Bréfritari: Þórarinn Stefánsson
Dagsetning: A-1927-01-14
Skrifað á: Vesturheimi

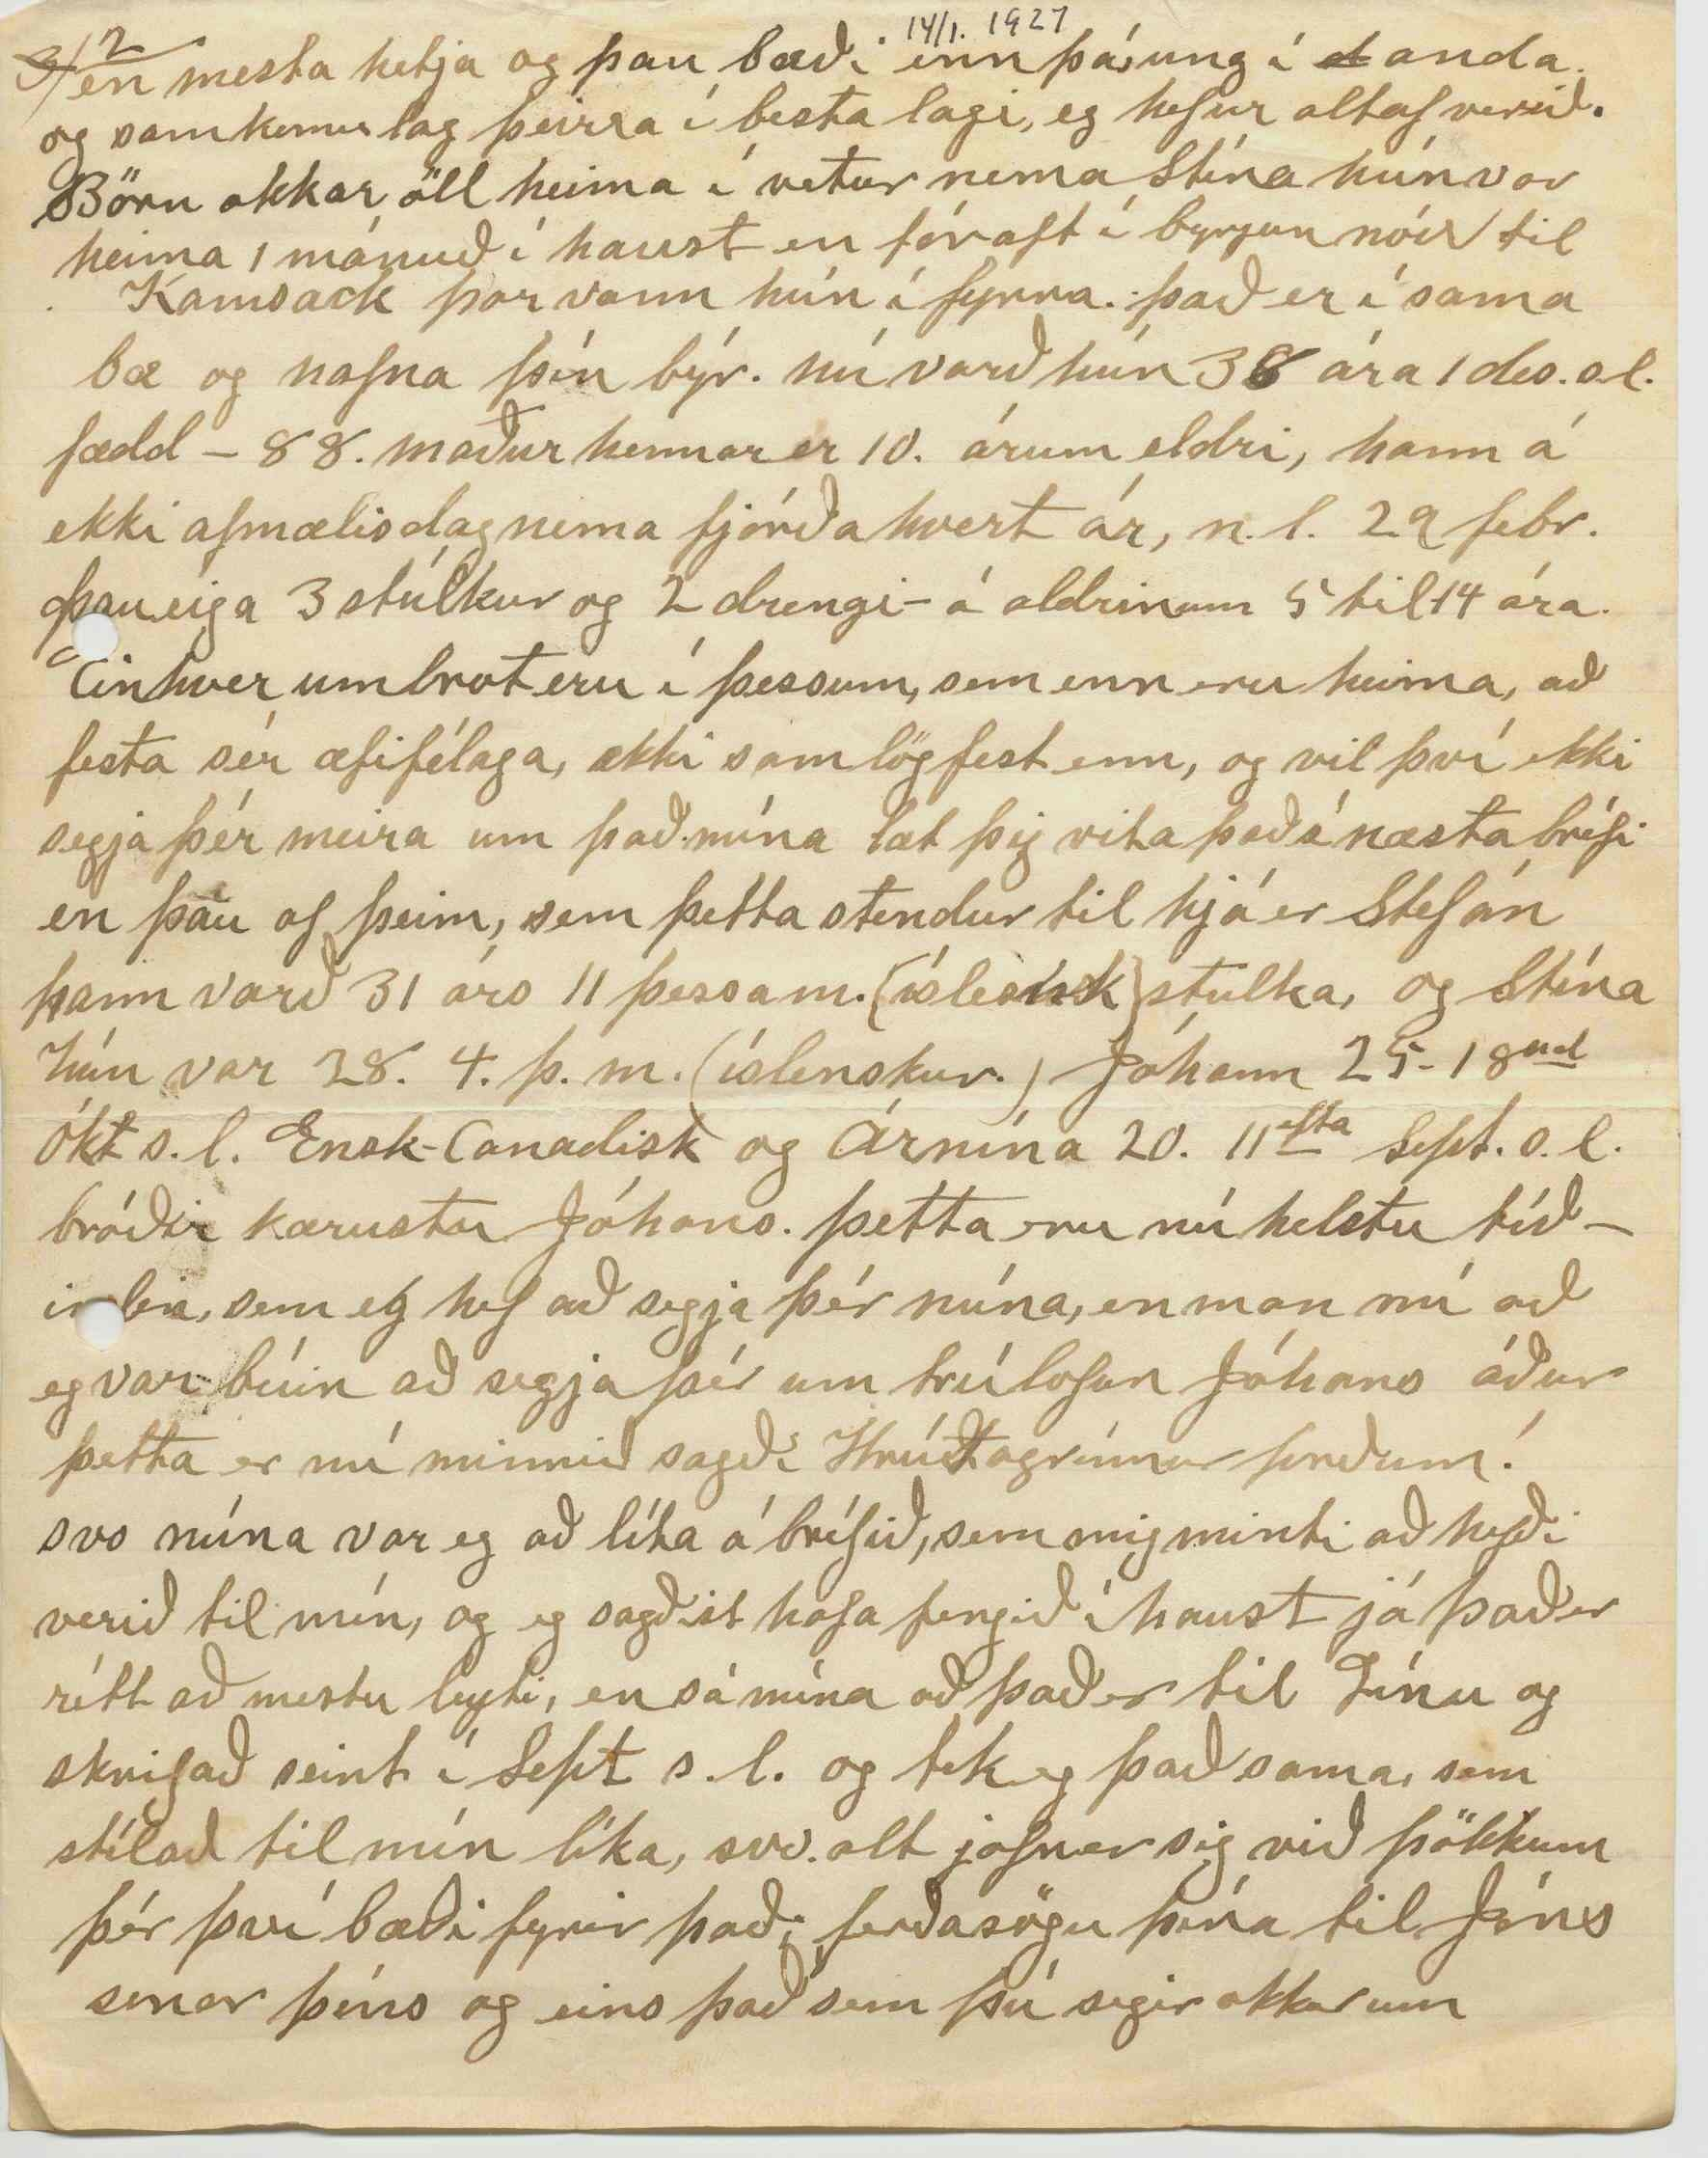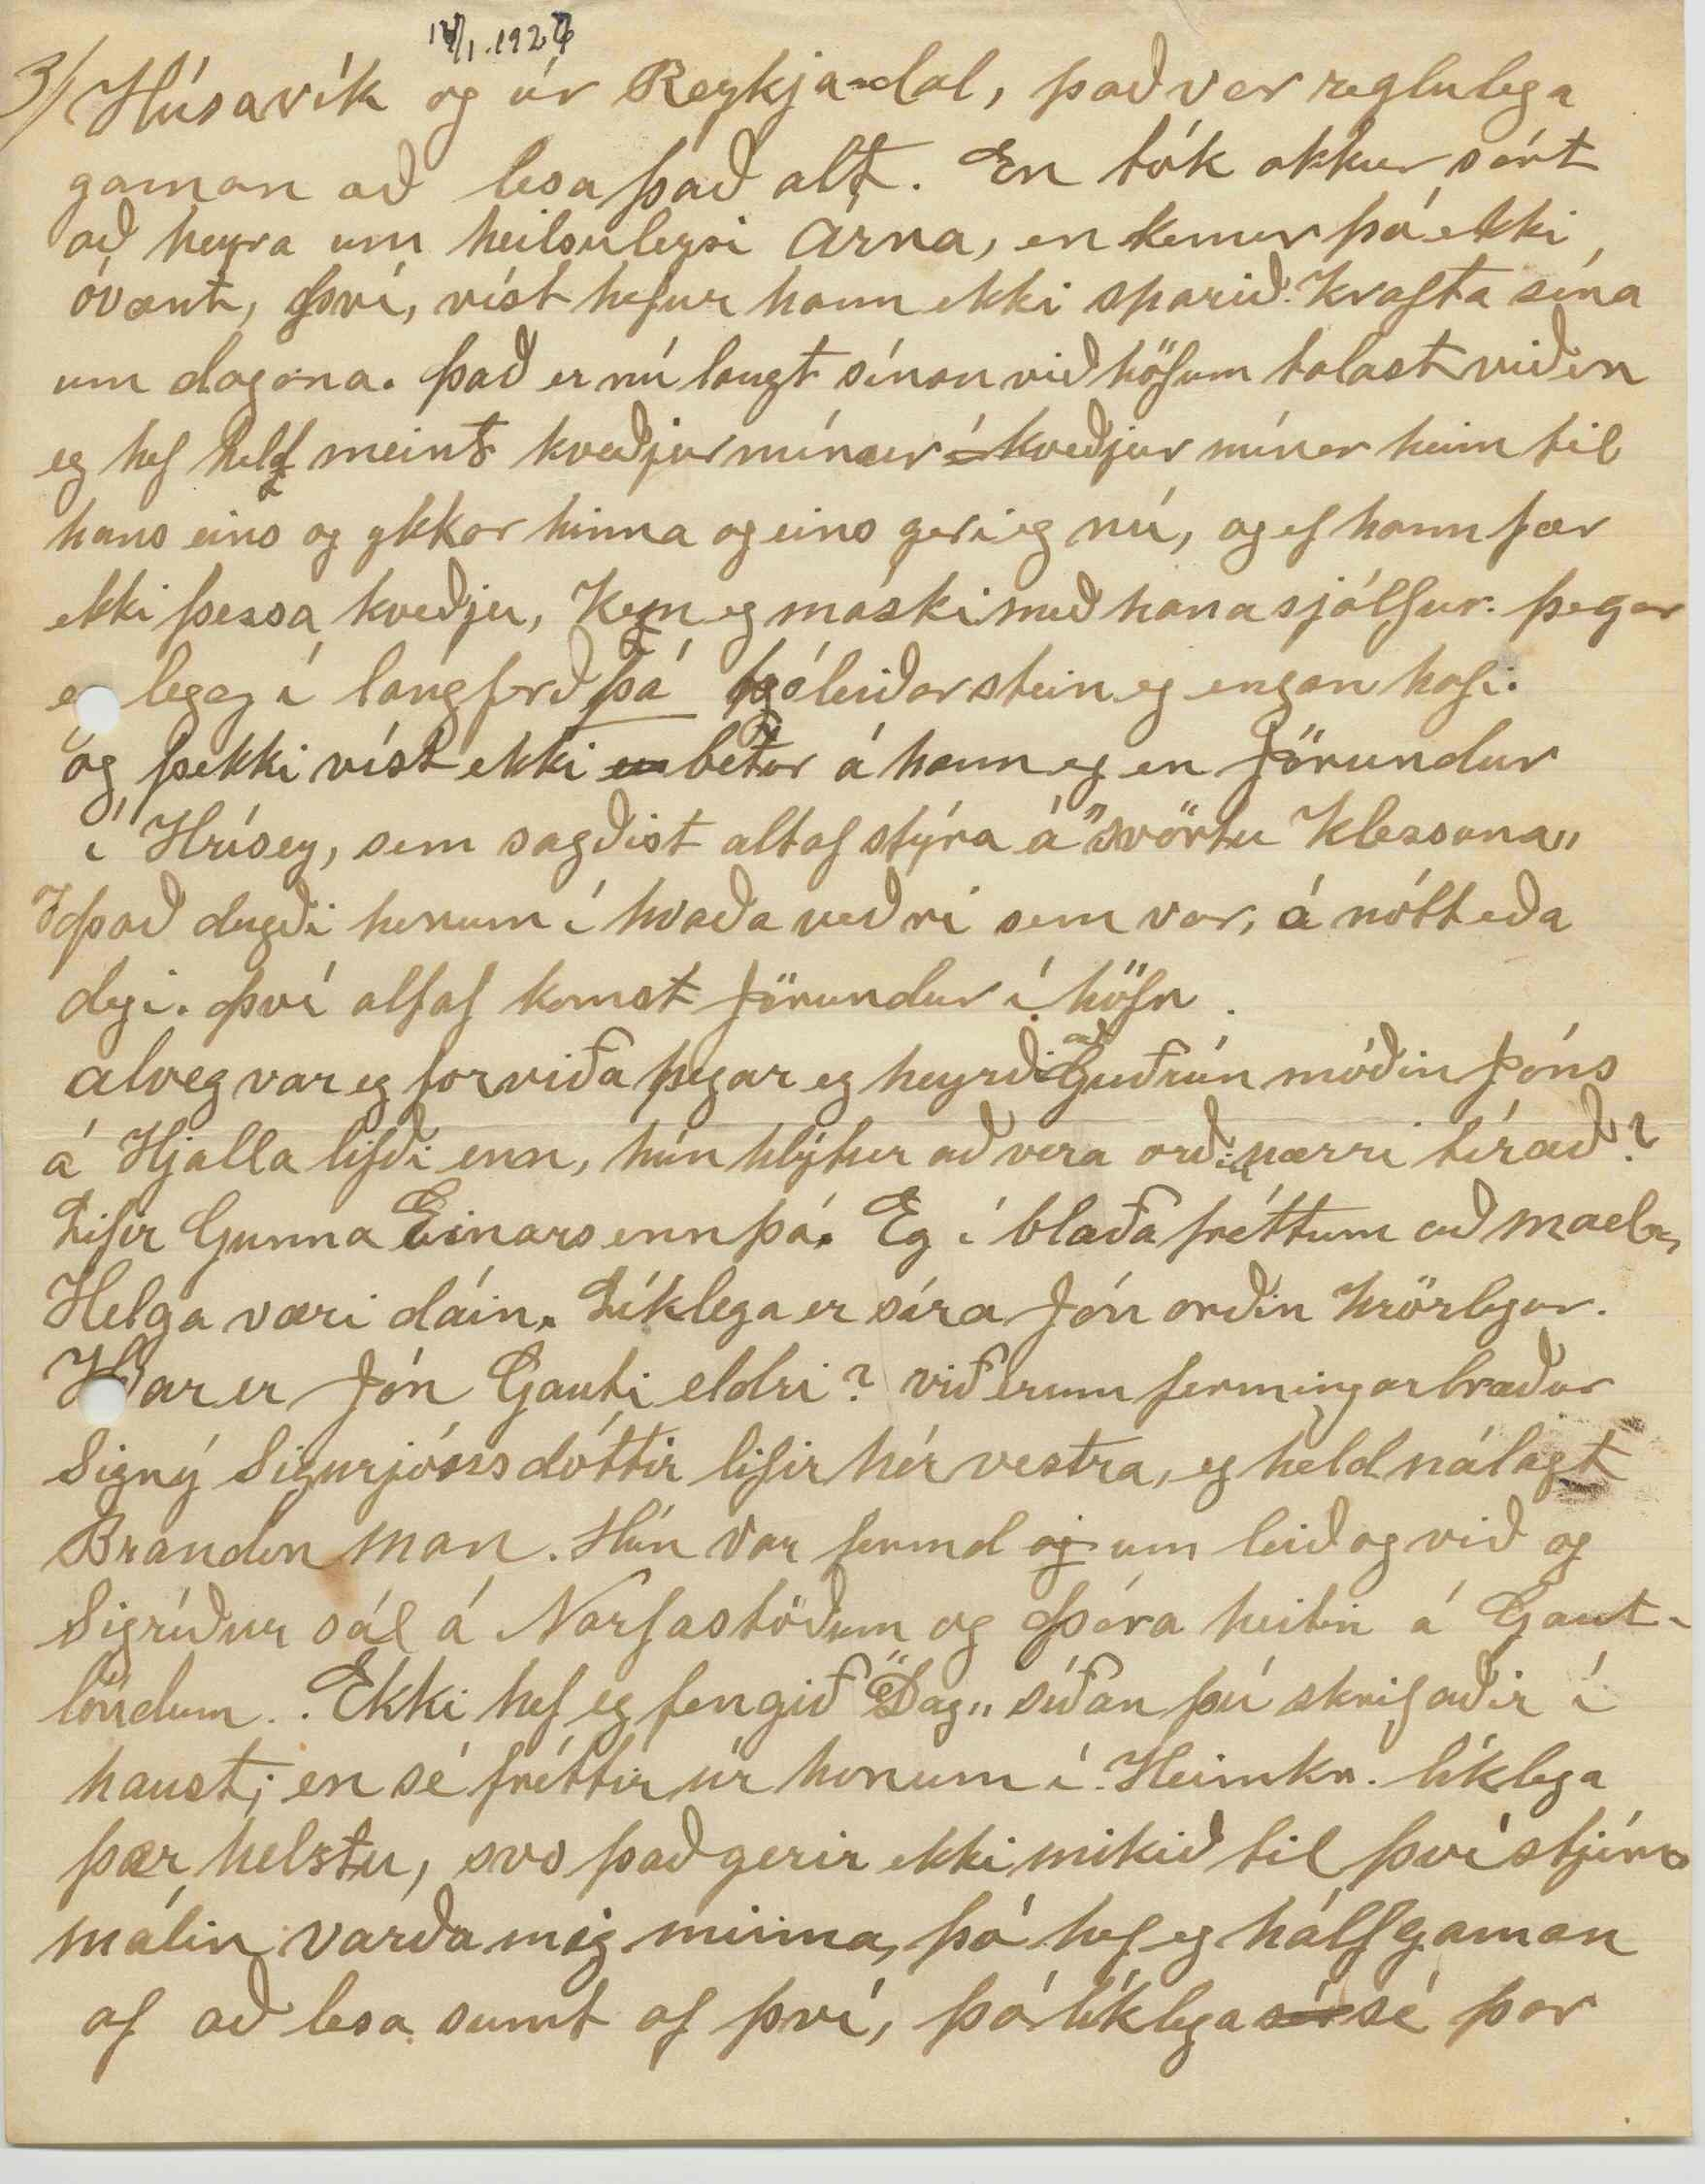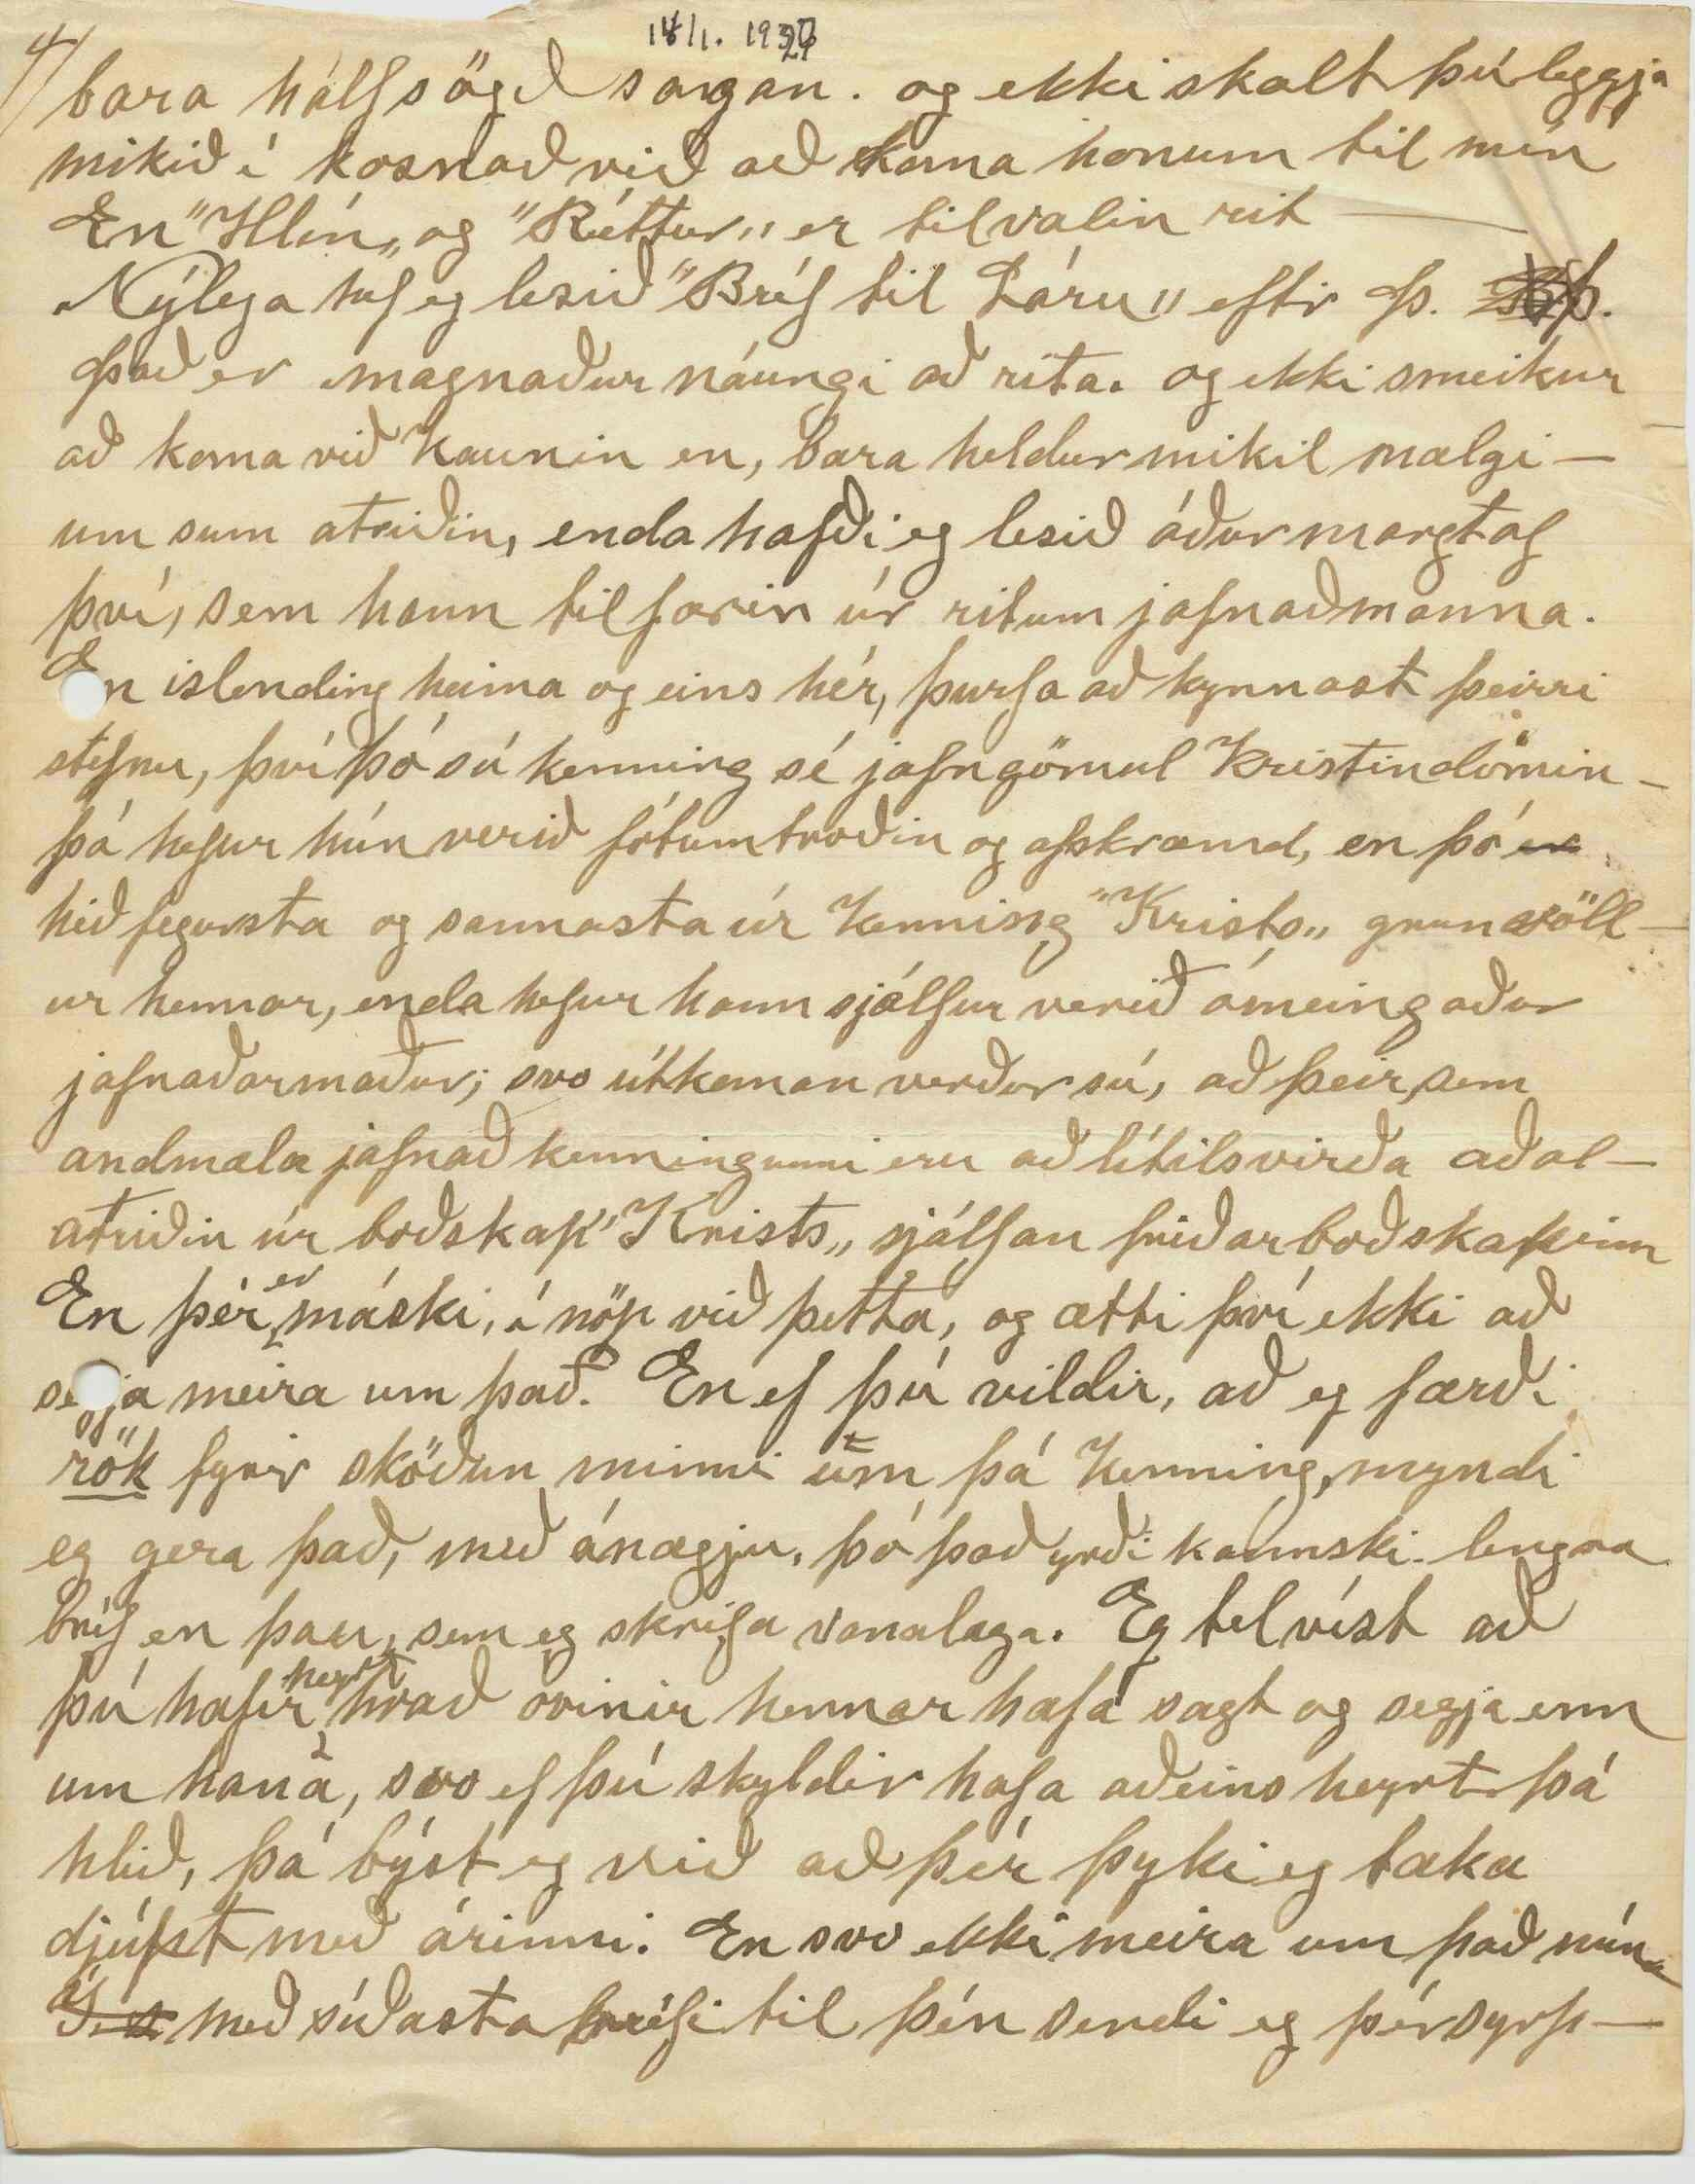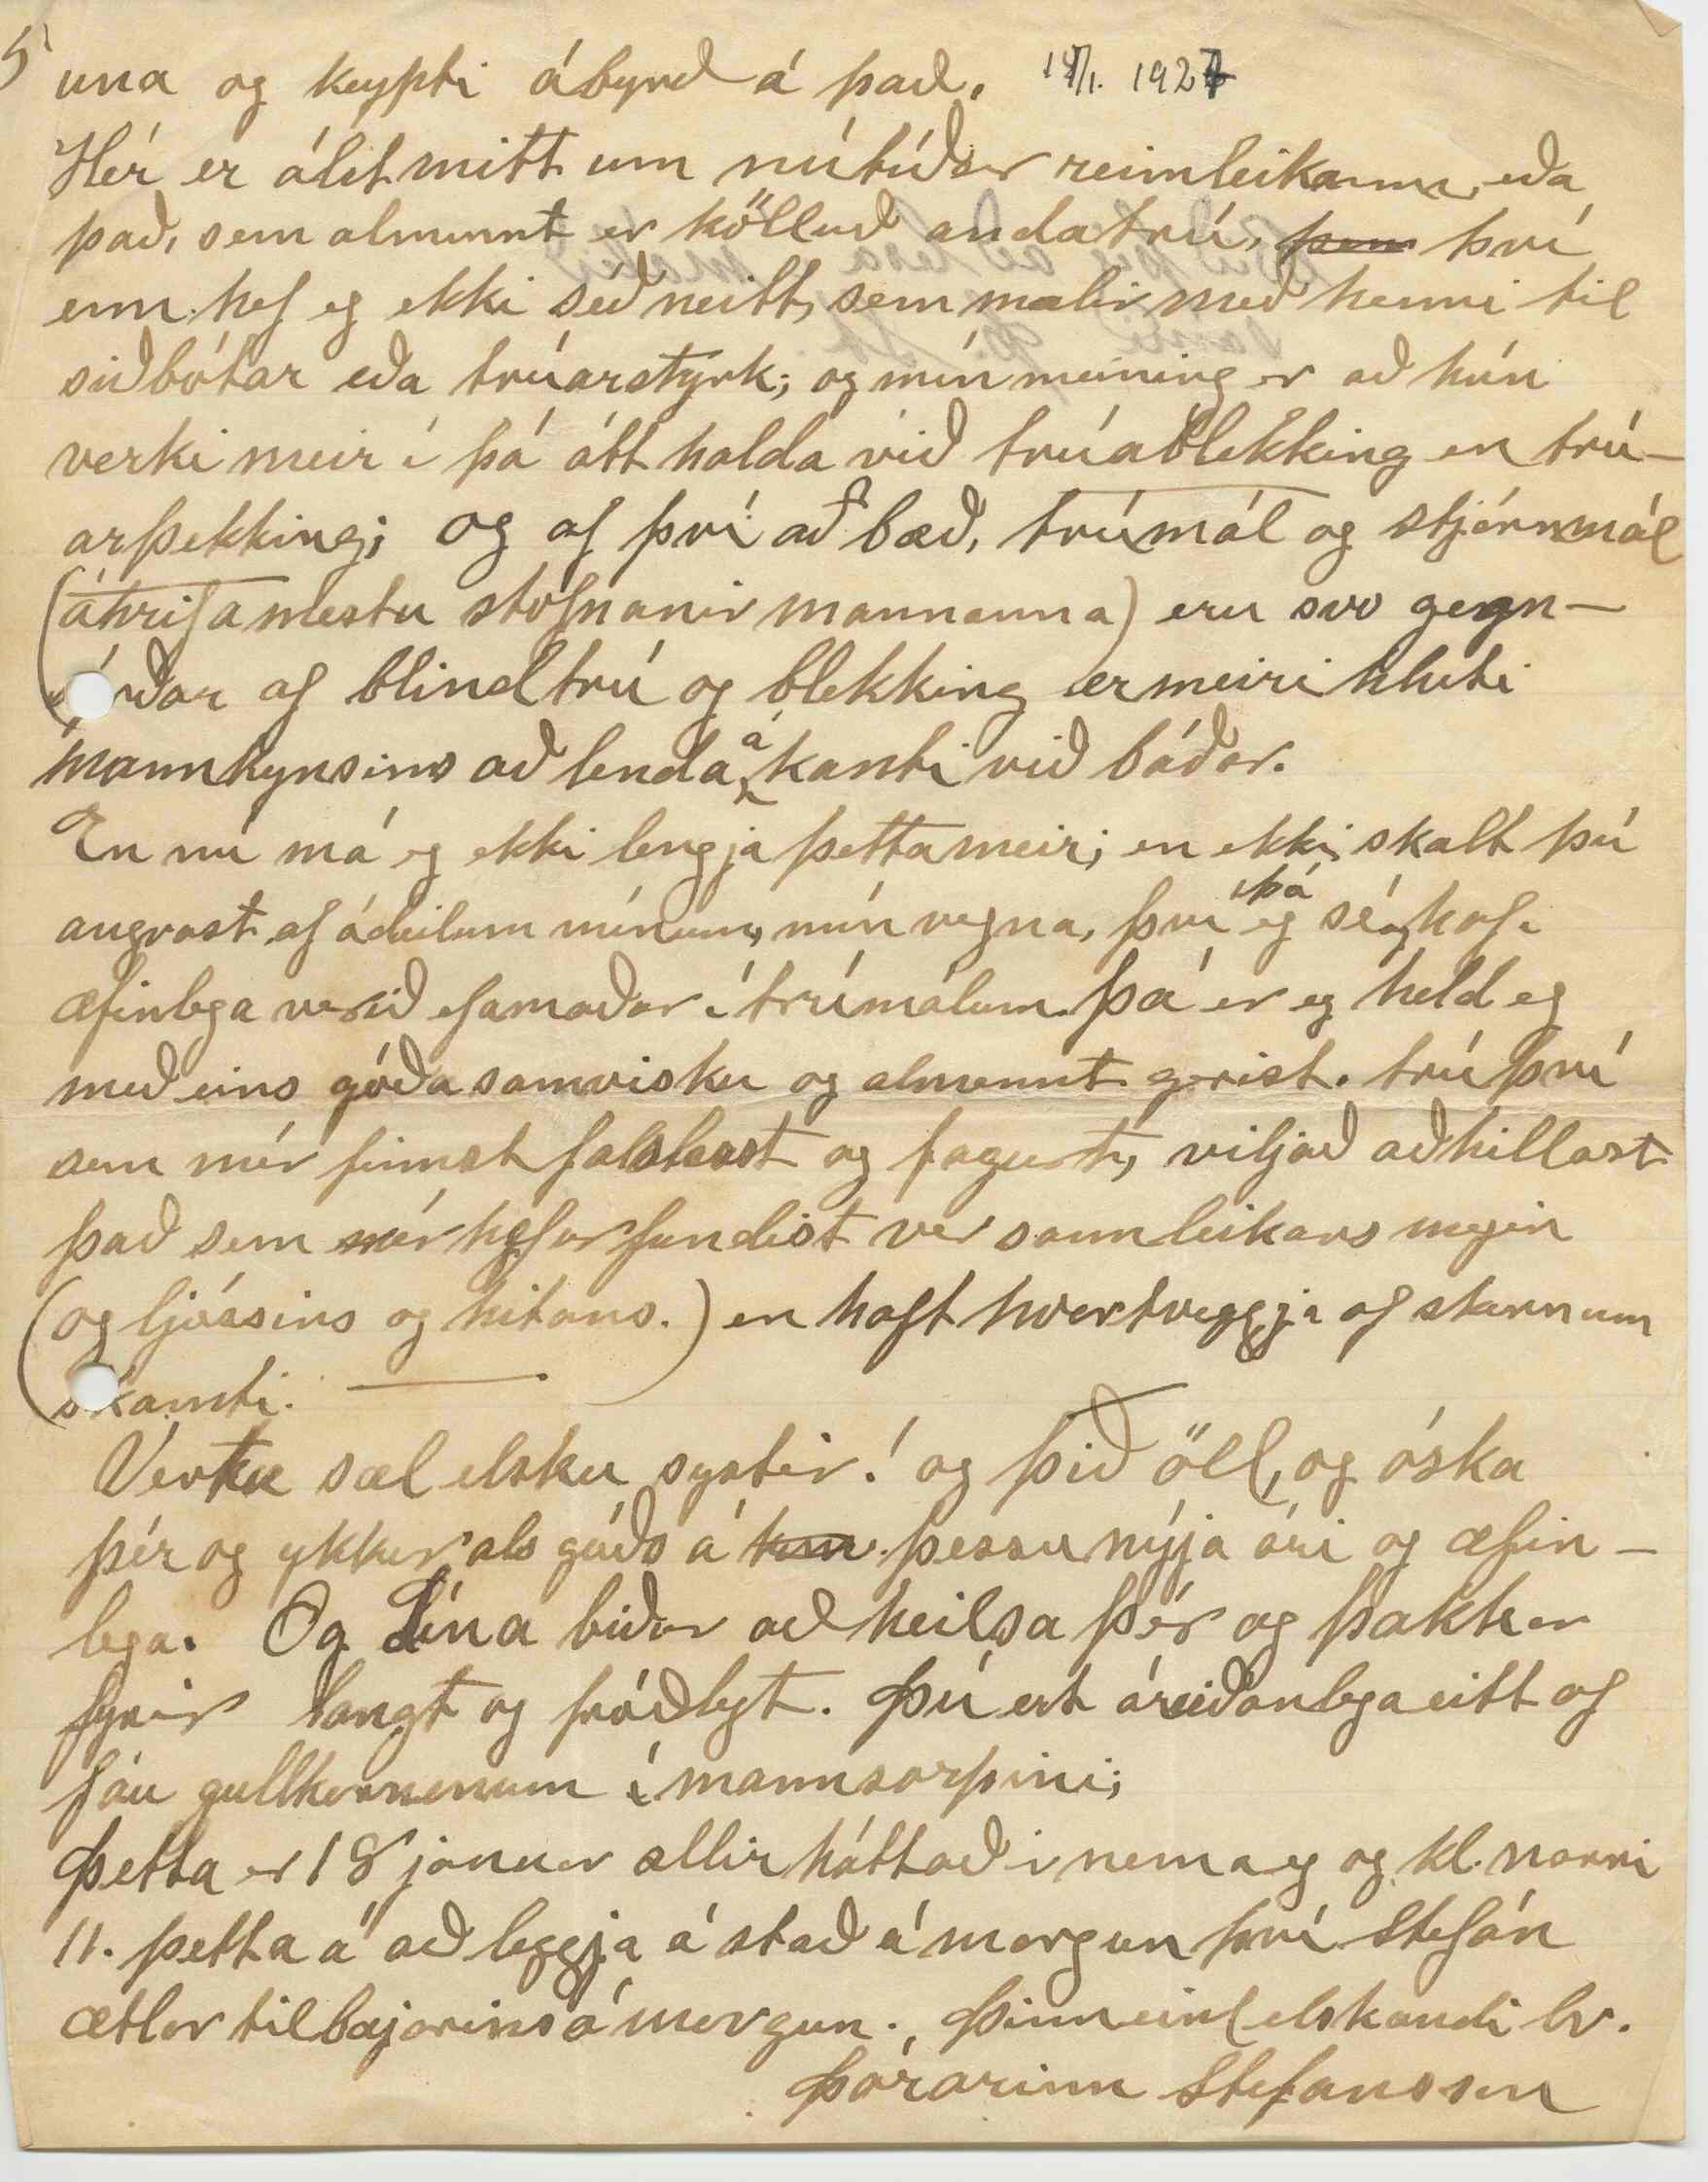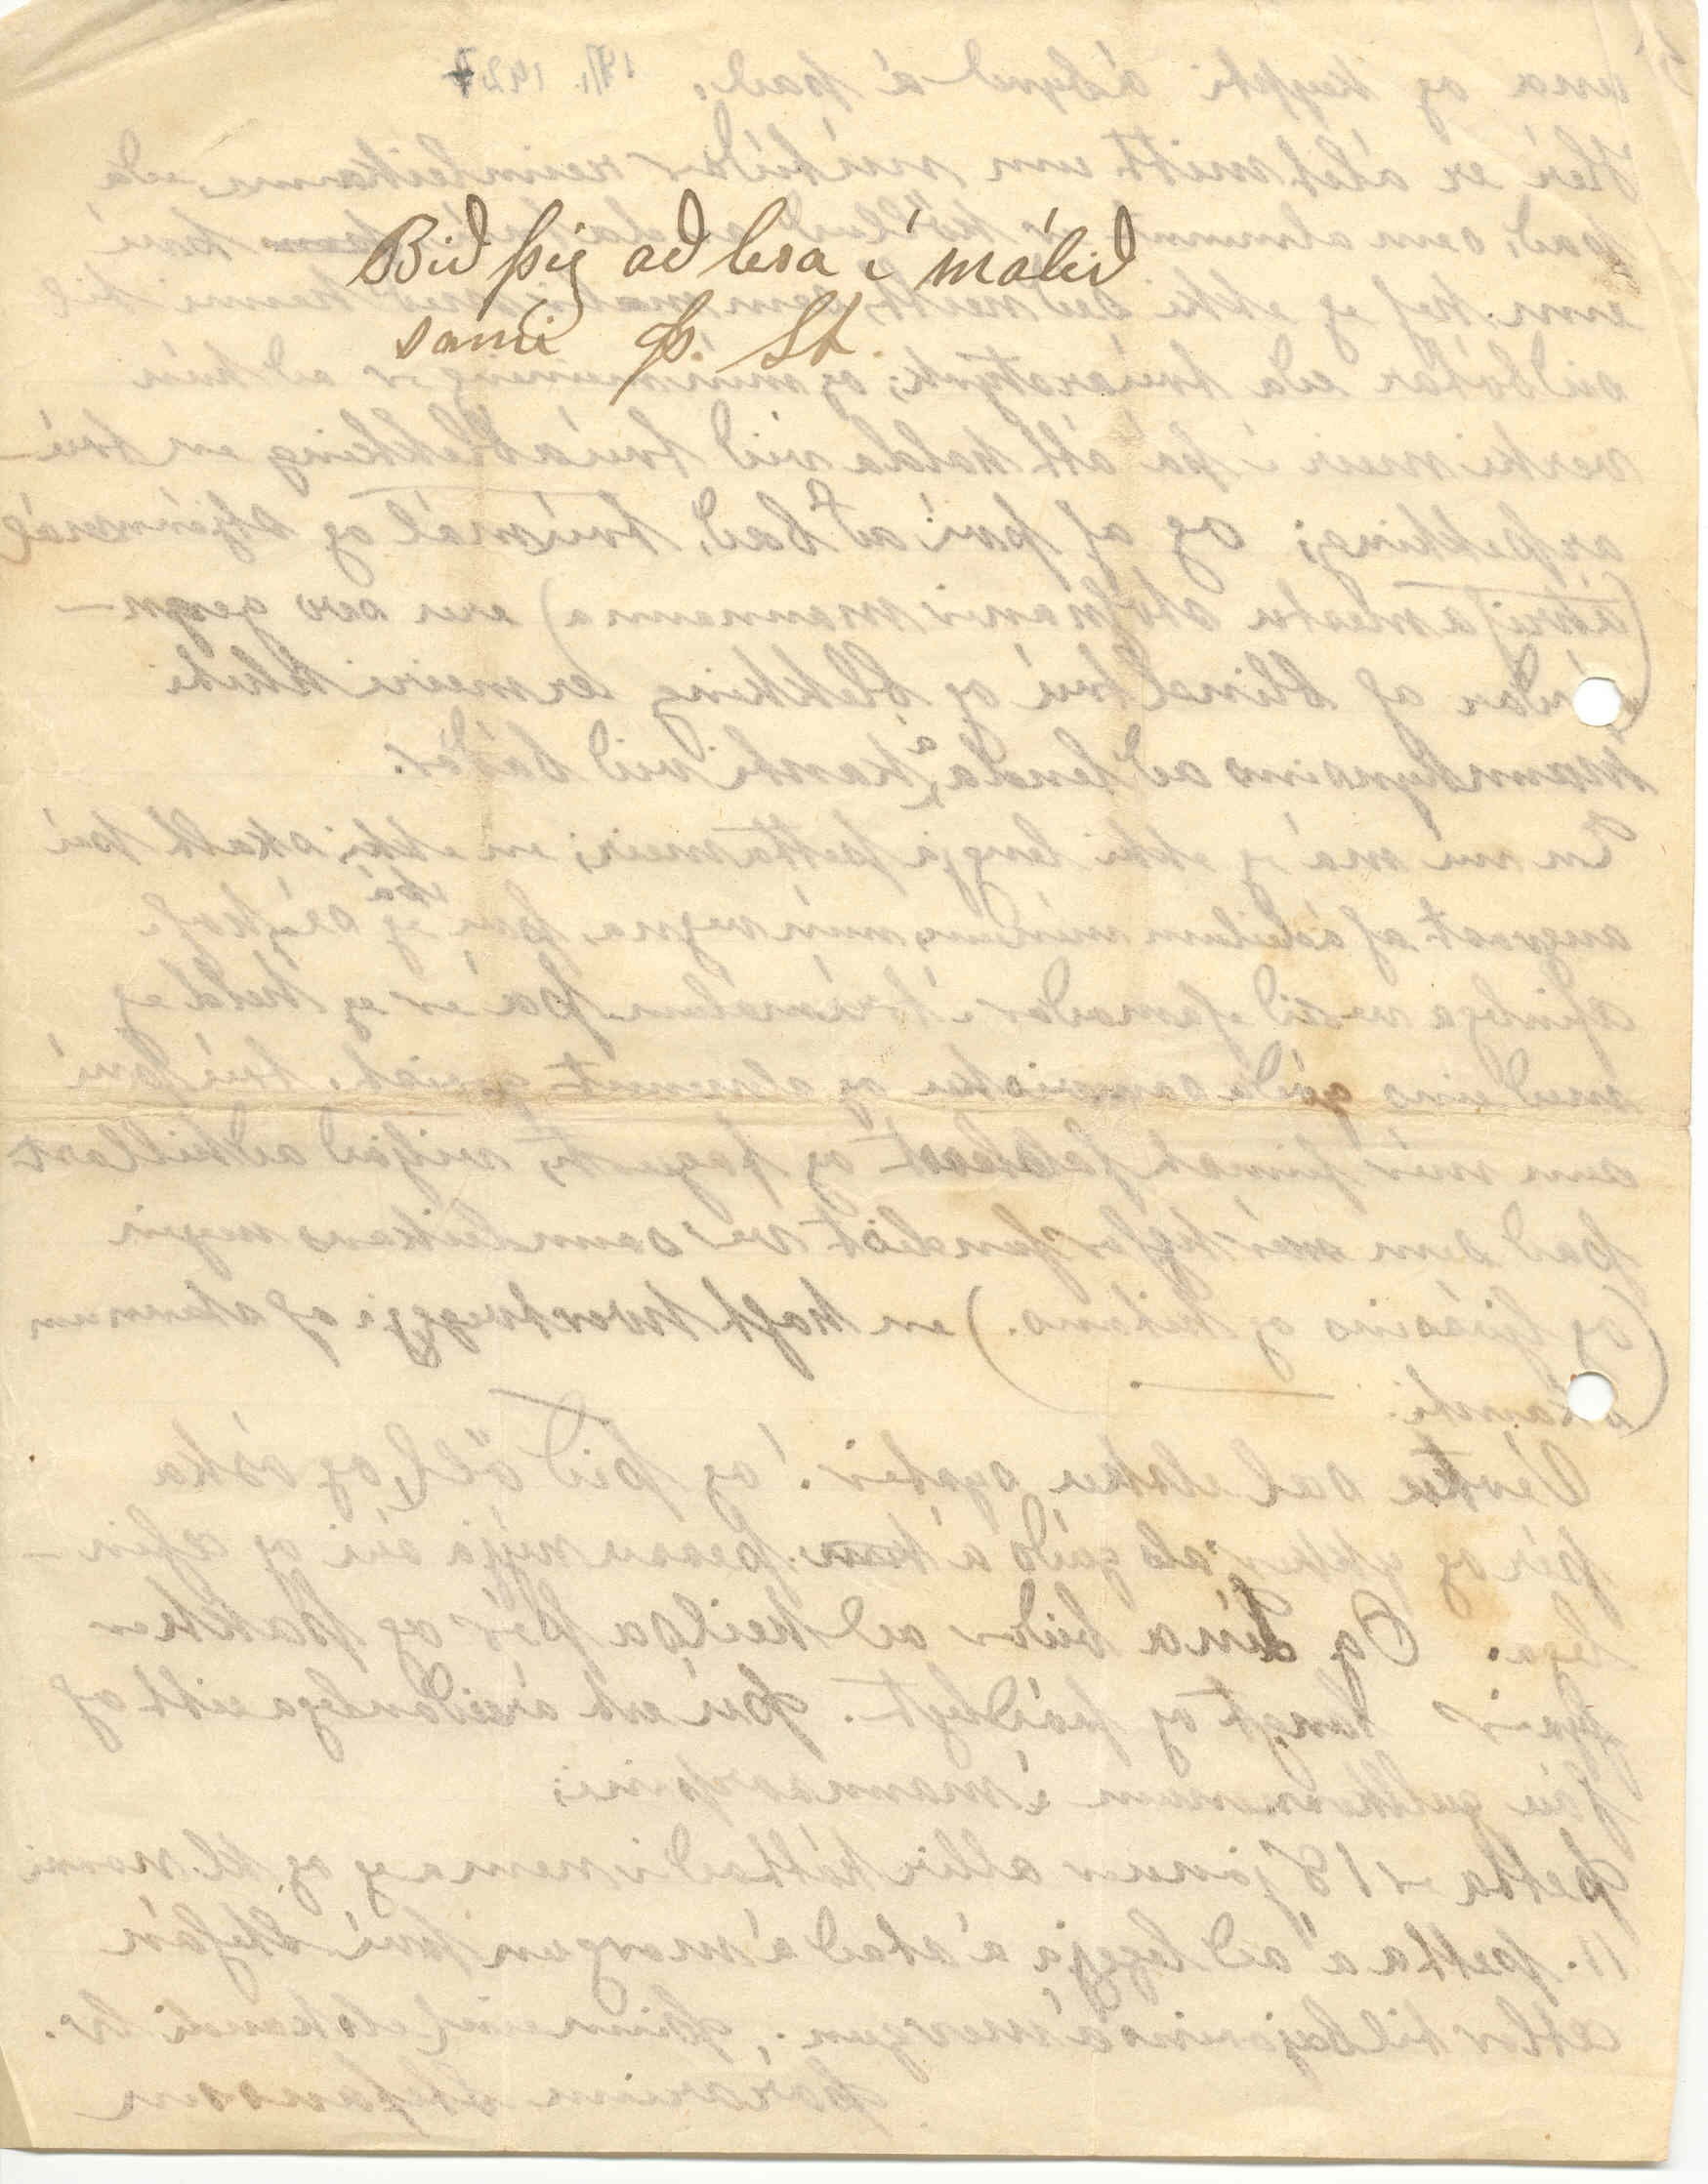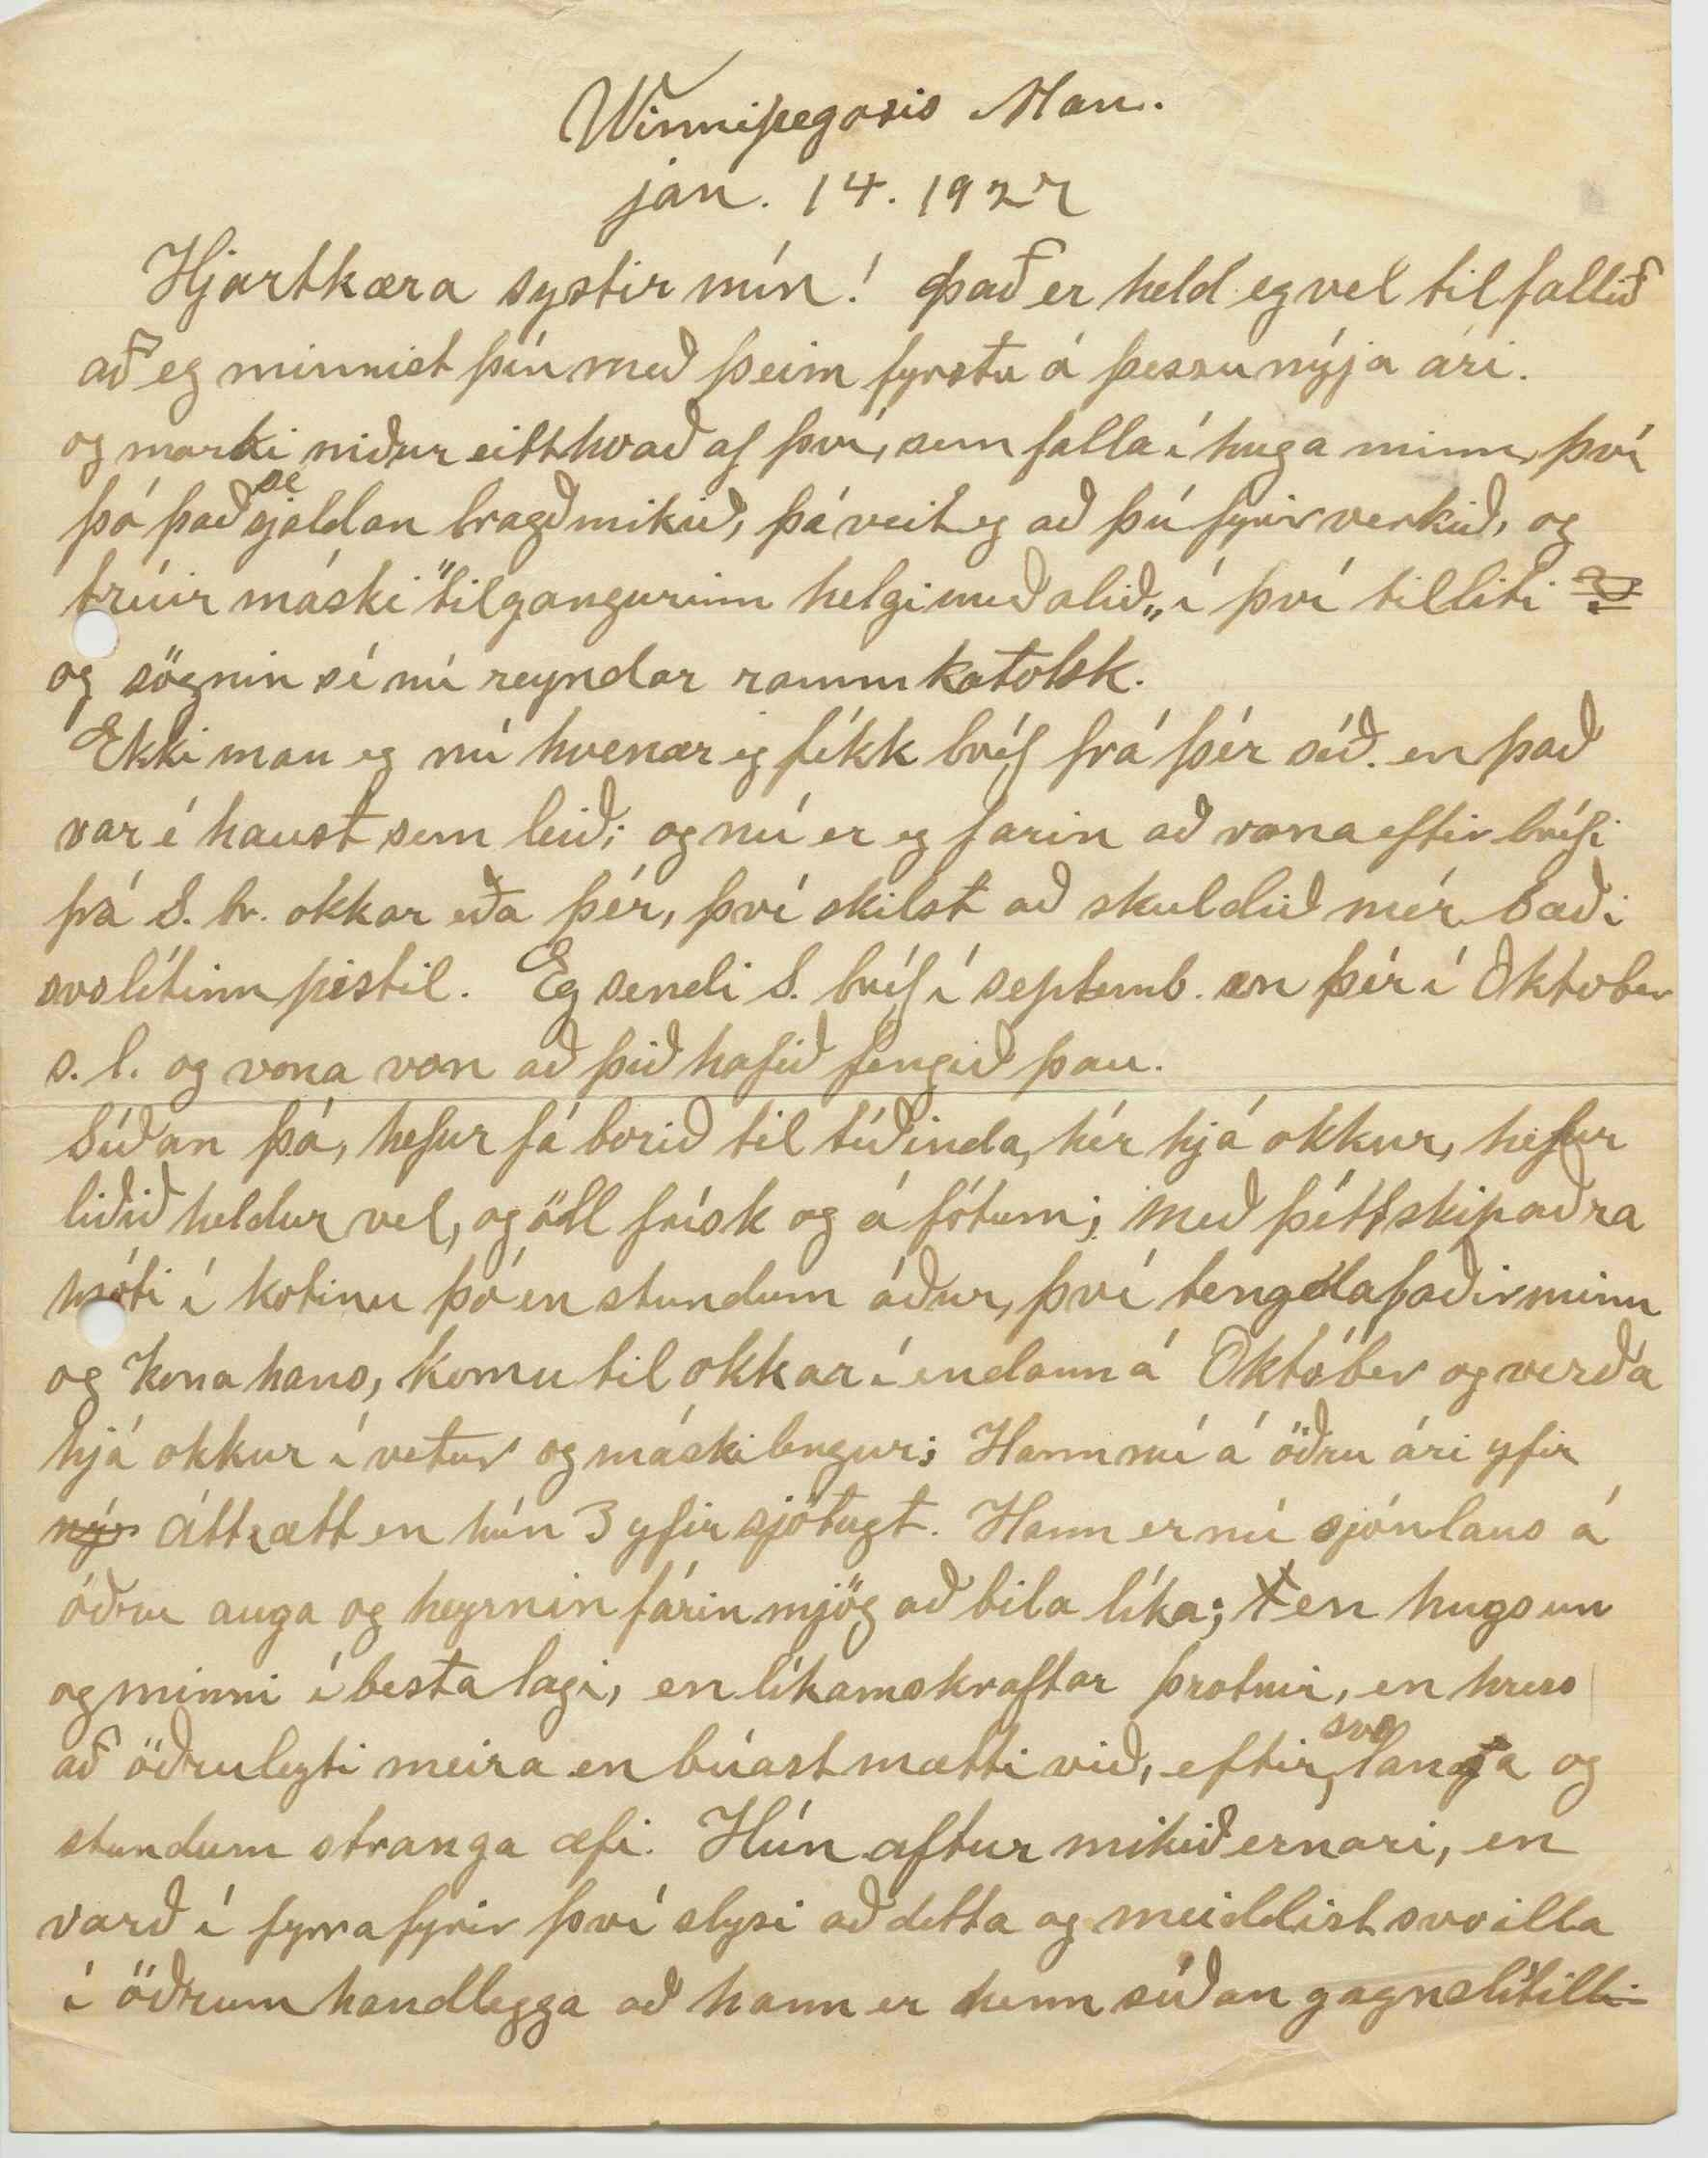

Winnipegosis Man.
jan. 14. 1927
Hjartkæra systir mín! Það er held eg vel til fallið að eg minnist þín með þeim fyrstu á þessu nýja ári. og marki niður eitthvað af því, sem falla í huga minn, því þó það
sé
sjaldan bragðmikið, þá veit eg að þú fyrir verkið, og trúir máski ”tilgangurinn helgi meðalið„ í því tilliti
?
og sögnin sé nú reyndar rammkatolsk.
Ekki man eg nú hvenær eg fékk bréf frá þér síð. en það var í haust sem leið; og nú er eg farin að vona eftir bréfi frá S. br. okkar eða þér, því skilst að skuldið mér bæði svolítinn pistil. Eg sendi S. bréf í septemb. en þér í Oktober s.l. og vona von að þið hafið fengið þau.
Síðan þá, hefur fá borið til tíðinda, hér hjá okkur, hefur liðið heldur vel, og öll frísk og á fótum; með þéttskipaðra móti í kotinu þó en stundum áður, því tengdafaðir minn og kona hans, komu til okkar í endann á Október og verða hjá okkur í vetur og máski lengur; Hann nú á öðru ári yfir
ný
áttrætt en hún 3 yfir sjötugt. Hann er nú sjónlaus á öðru auga og heyrnin fárin mjög að bila líka;
0
en hugsun og minni í besta lagi, en líkamskraftar þrotnir, en hress að öðru leyti meira en búast mætti við, eftir
svo
langa og stundum stranga æfi. Hún aftur mikið ernari, en varð í fyrra fyrir því slysi að detta og meiddist svo illa í öðrum handlegga að hann er henn síðan gagnslítill
i
en mesta hetja og þau bæði enn þá, ung í
d
anda og samkomulag þeirra í besta lagi, eg hefur altaf verið. Börn okkar öll heima í vetur nema Stína hún var heima 1 mánuð í haust en fór aft í byrjun nóv til Kamsack þar vann hún í fyrra. það er í sama bæ og nafna þín býr. nú varð hún 38 ára 1 des. s.l. fædd - 88. maður hennar er 10. árum eldri, hann á ekki afmælisdag nema fjórða hvert ár, n.l. 29 febr. Þau eiga 3 stúlkur og 2 drengi - á aldrinum 5 til 14 ára. Einhver umbrot eru í þessum, sem enn eru heima, að festa sér æfifélaga, ekki sam lögfest enn, og vil því ekki segja þér meira um það núna læt þig vita það í næsta bréfi en þau af þeim, sem þetta stendur til hjá er Stefán hann varð 31 árs 11 þessa m. (íslendsk) stulka, og Stína hún var 28. 4. þ.m. (íslenskur.) Jóhann 25. 18
nd
ókt s.l. Ensk-Canadisk og Árnína 20. 11
efta
Sept. s.l. bróðir kærustu Jóhans. þetta eru nú helstu tíðindin, sem eg hef að segja þér núna, en man nú að eg var búin að segja þér um trúlofun Jóhans áður þetta er nú minnið sagði Hrútagrímur forðum! svo núna var eg að líta á bréfið, sem mig minti að hefði verið til mín, og eg sagðist hafa fengið í haust já það er rétt að mestu leyti, en sá núna að það er til Línu og skrifað seint í Sept s.l. og tek eg það sama, sem stílað til mín líka, svo alt jafnar sig við þökkum þér því bæði fyrir það; ferðasögu þína til Jóns sonar þíns og eins það sem þú segir okkur um
Húsavík og úr Reykjadal, það var reglulega gaman að lesa það alt. En tók okkur sárt að heyra um heilsuleysi Árna, en kemur þó ekki óvænt, Því, víst hefur hann ekki sparið krafta sína um dagana. Það er nú langt sínan við höfum talast við en eg hef held meint kveðjur mínar
í
kveðjur mínar heim til hans eins og ykkar hinna og eins geri eg nú, og ef hann fær ekki þessa kveðju, kem eg máski með hana sjálfur: þegar eg legg í langferð
þá
g
þó leiðarstein eg engan hafi. og þekki víst ekki
en
betur á hann eg en Jörundur í Hrísey, sem sagðist altaf stýra á ”svörtu klessuna„
og
Það dugði honum í hvaða veðri sem var, á nótt eða degi. Því altaf komst Jörundur í höfn.
alveg var eg forviða þegar eg heyrði
að
Guðrún móðin Jóns á Hjalla lifði enn, hún hlýtur að vera orð
in
nærri tíræð? Lifir Gunna Einars ennþá. Eg í blaða fréttum að
mad00
Helga væri dáin. Líklega er séra Jón orðin hrörlegur. Hvar er Jón Gauti eldri? við erum fermingarbræður Signý Sigurjónsdóttir lifir hér vestra, eg held nálægt Brandon man. Hún var fermd
og
um leið og við og Sigríður sál á Narfastöðum og Þóra heitin á Gautlöndum. Ekki hef eg fengið ”Dag„ síðan þú skrifaðir í haust; en sé fréttir úr honum í Heimkr. líklega þær helstu, svo það gerir ekki mikið til því stjórnmálin varða mig minna, þó hef eg hálfgaman af að lesa sumt af því, þó líklega
sér
sé þar
bara hálfsögð sagan. og ekki skalt þú leggja mikið í kosnað við að koma honum til mín En ”Hlín„ og ”Réttur„ er tilvalin rit
Nýlega hef eg lesið ”Bréf til Láru„ eftir Þ.
B
Þ. Það er magnaður náungi að rita. og ekki smeikur að koma við kaunin en, bara heldur mikil mælgi - um sum atriðin, enda hafði eg lesið áður margt af því, sem hann tilfærir úr ritum jafnaðmanna. En islending heima og eins hér, þurfa að kynnast þeirri stefnu, því þó sú kenning sé jafngömul kristindómin þá hefur hún verið fótum troðin og afskræmd, en þó
er
hið fegursta og sannasta úr kenning ”Krists„ grunvöllur hennar, enda hefur hann sjálfur verið ómeingaður jafnaðarmaður; svo útkoman verður sú, að þeir, sem andmæla jafnað kenningunni eru að lítilsvirða aðalatriðin úr boðskap ”Krists„ sjálfan friðarboðskapinn En þér
er
máski, í nöp við þetta, og ætti því ekki að segja meira um það. En ef þú vildir, að eg færði
rök
fyrir sköðun minni um þá kenning, myndi eg gera það, með ánægju, þó það yrði kannski lengra bréf en þau, sem eg skrifa vanalega. Eg tel víst að þú hafir
heyrt
hvað óvinir hennar hafa sagt og segja enn um hana, svo ef þú skyldir hafa aðeins heyrt þá hlið, þá býst eg við að þér þyki eg taka djúpt með árinni. En svo ekki meira um það núna
Í s
með síðasta bréfi til þín sendi eg þér syrp
una og keypti ábyrð á það.
Hér er álit mitt um nútíðar reimleikann eða það, sem almennt er kölluð andatrú,
þ00
því enn hef eg ekki séð neitt, sem mælir með henni til siðbótar eða trúarstyrk; og mín meining er að hún verki meir í þá átt halda við
trúablekking
en
trúarþekking
; og af því að bæð, trúmál og stjórnmál (áhrifamestu stofnanir mannanna) eru svo gegnsýrðar af blindtrú og blekking er meiri hluti mannkynsins að lenda
á
kanti við báðar.
En nú má eg ekki lengja þetta meir; en ekki skalt þú angrast af ádeilum mínum, mín vegna, því
þó
eg sé
og
hafi æfinlega verið efamaður í trúmálum þá er eg held eg með eins góða samvisku og almennt gerist. trú því sem mér finnst
falsl00st
og fagurt, viljað að hillast það sem mér hefur fundist ver sannleikans megin (og ljóssins og hitans.) en haft hvortveggja af skornum skamti.
Vertu sæl elsku systir! og þið öll, og óska þér og ykkur als góðs á
kom
þessu nýja ári og æfinlega. Og Lína biður að heilsa þér og þakkar fyrir langt og fróðlegt. Þú ert áreiðanlega eitt af fáu gullkornunum í mannsorpini;
Þetta er 18 januar allir háttaðir nema eg og kl. nærri 11. þetta á að leggja á stað á morgun því Stefán ætlar til bæjarins á morgun. Þinn einl elskandi br.
Þórarinn Stefansson
Bið þig að lesa í málið
sami Þ. St.